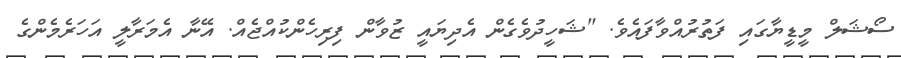
ސޯޝަލް މީޑީޔާގައި ފަތުރުއްވާފައެވެ. "ޝަހީދުވެގެން އެދިޔައީ ޒުވާން ފިރިހެންކުއްޖެއް. އޭނާ އެމަރާލީ އަހަރެމެންގެ